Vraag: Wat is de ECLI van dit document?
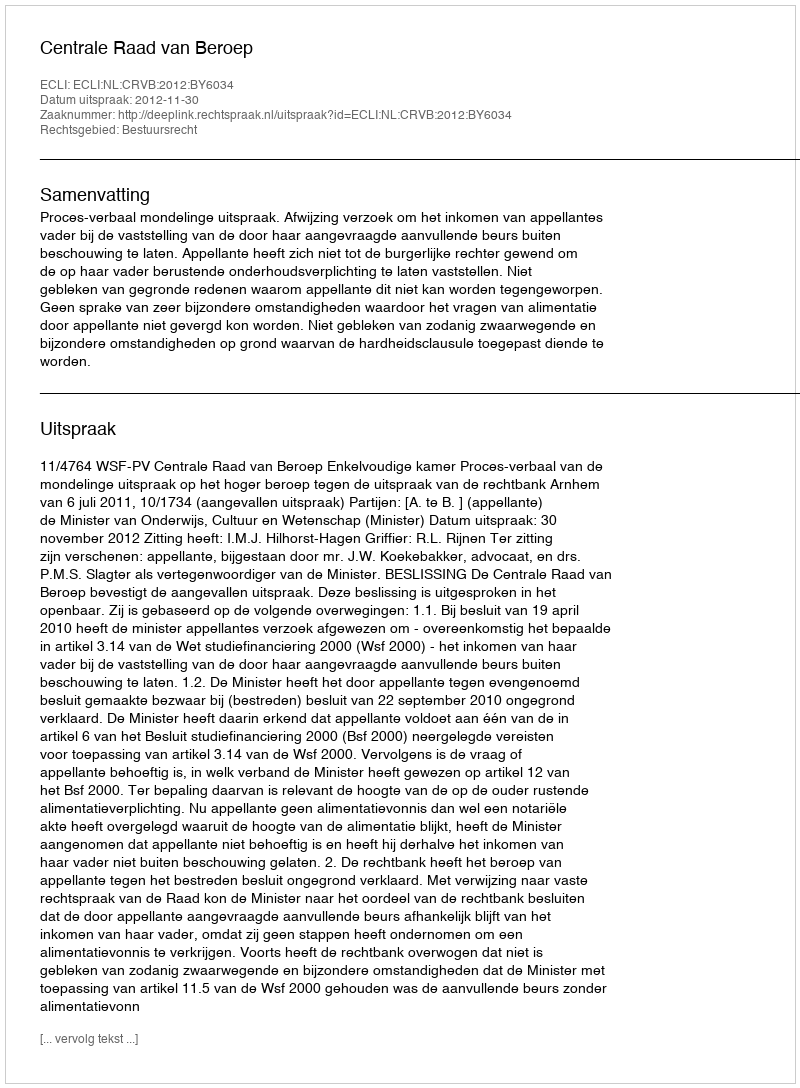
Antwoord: ECLI:NL:CRVB:2012:BY6034